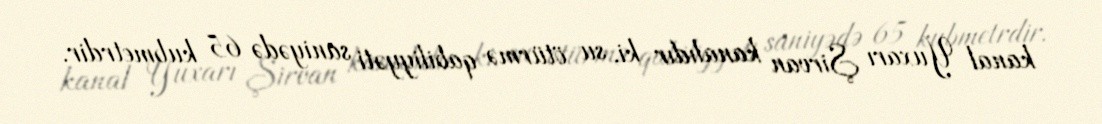
kanal Yuxarı Şirvan kanalıdır ki, su ötürmə qabiliyyəti saniyədə 65 kubmetrdir.